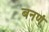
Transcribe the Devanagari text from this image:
बनणं